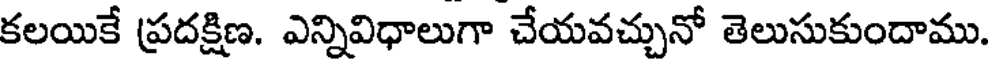
కలయికే ప్రదక్షిణ. ఎన్నివిధాలుగా చేయవచ్చునో తెలుసుకుందాము.